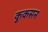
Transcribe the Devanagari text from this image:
कुकसन